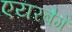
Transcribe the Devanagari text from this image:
एयरबैगें